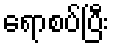
ရောစပ်ပြီး